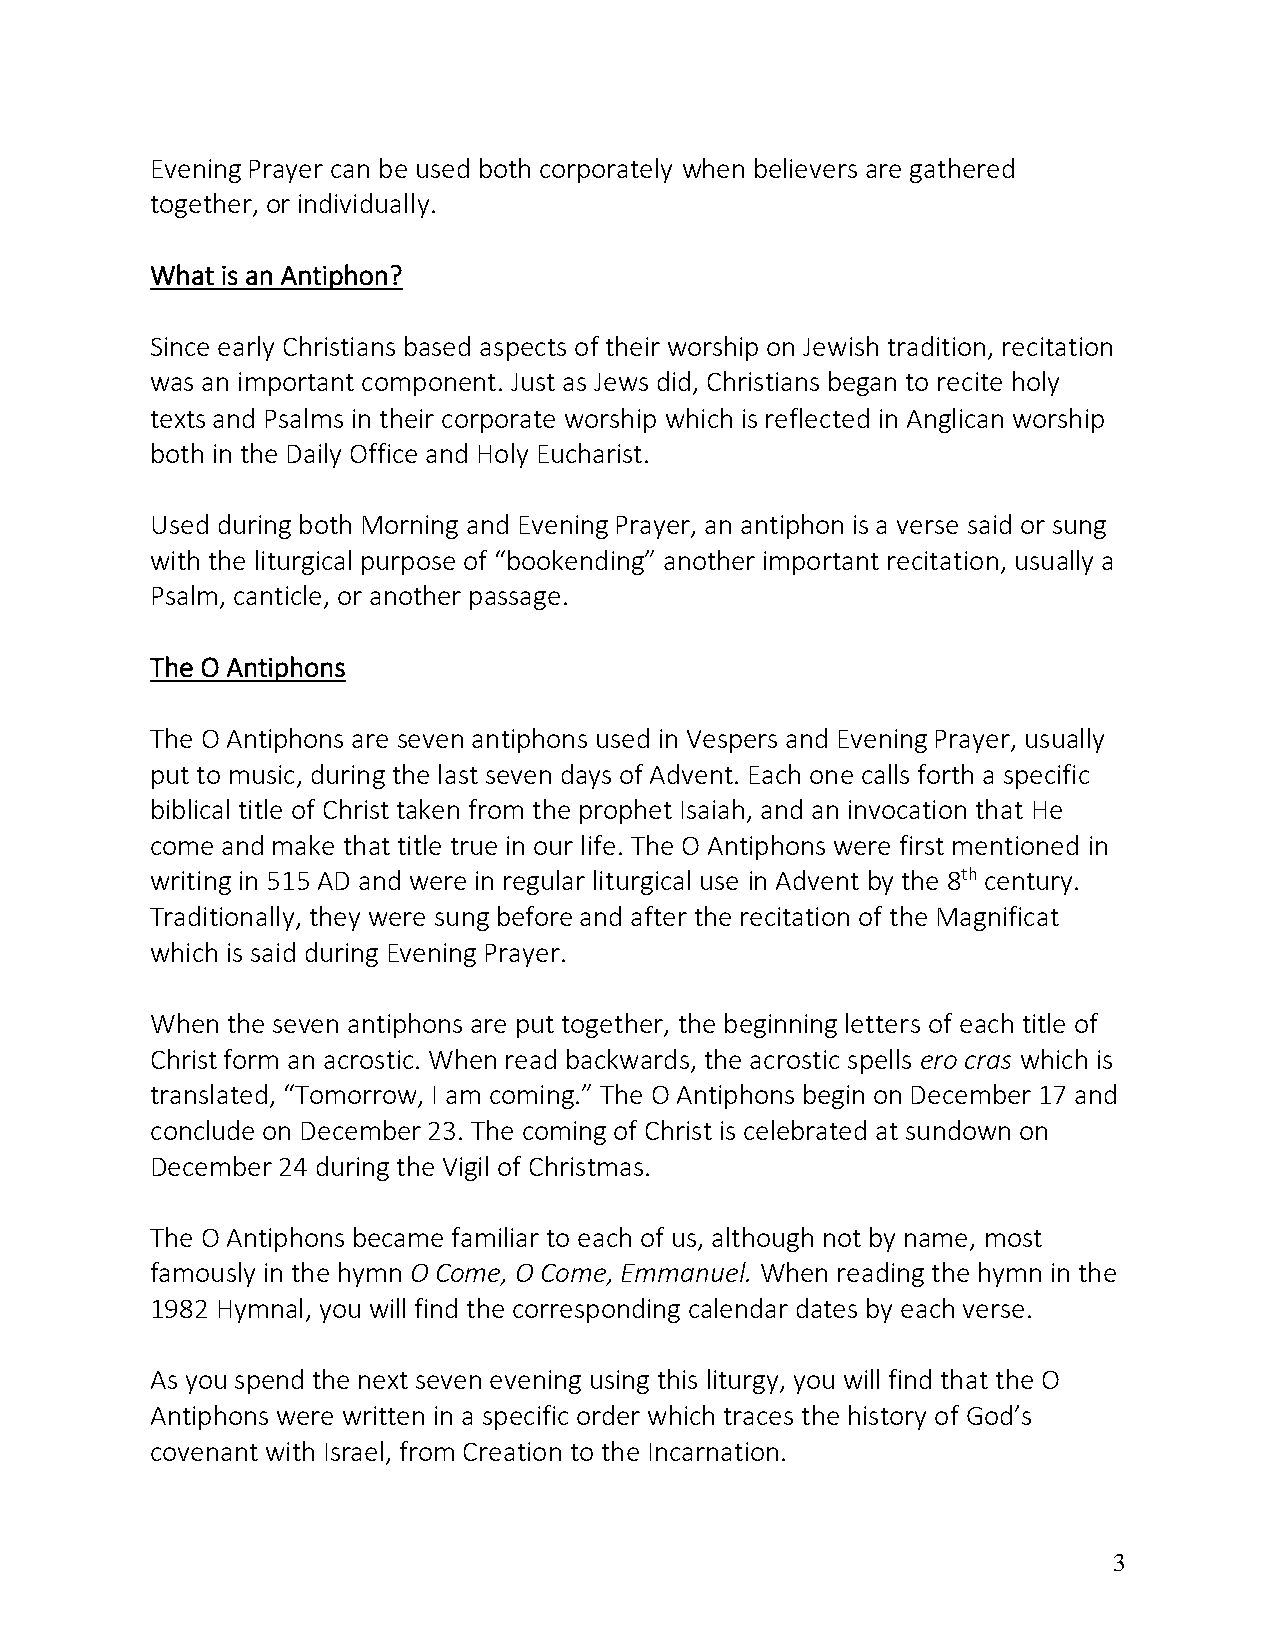
Evening Prayer can be used both corporately when believers are gathered
 together, or individually.
 What is an Antiphon?
 Since early Christians based aspects of their worship on Jewish tradition, recitation
 was an important component. Just as Jews did, Christians began to recite holy
 texts and Psalms in their corporate worship which is reflected in Anglican worship
 both in the Daily Office and Holy Eucharist.
 Used during both Morning and Evening Prayer, an antiphon is a verse said or sung
 with the liturgical purpose of “bookending” another important recitation, usually a
 Psalm, canticle, or another passage.
 The O Antiphons
 The O Antiphons are seven antiphons used in Vespers and Evening Prayer, usually
 put to music, during the last seven days of Advent. Each one calls forth a specific
 biblical title of Christ taken from the prophet Isaiah, and an invocation that He
 come and make that title true in our life. The O Antiphons were first mentioned in
 writing in 515 AD and were in regular liturgical use in Advent by the 8th century.
 Traditionally, they were sung before and after the recitation of the Magnificat
 which is said during Evening Prayer.
 When the seven antiphons are put together, the beginning letters of each title of
 Christ form an acrostic. When read backwards, the acrostic spells ero cras which is
 translated, “Tomorrow, I am coming.” The O Antiphons begin on December 17 and
 conclude on December 23. The coming of Christ is celebrated at sundown on
 December 24 during the Vigil of Christmas.
 The O Antiphons became familiar to each of us, although not by name, most
 famously in the hymn O Come, O Come, Emmanuel. When reading the hymn in the
 1982 Hymnal, you will find the corresponding calendar dates by each verse.
 As you spend the next seven evening using this liturgy, you will find that the O
 Antiphons were written in a specific order which traces the history of God’s
 covenant with Israel, from Creation to the Incarnation.
 3